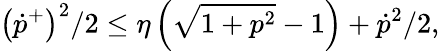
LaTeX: \left(\dot{p}^{+}\right)^{2}/2\leq\eta\left(\sqrt{1+p^{2}}-1\right)+\dot{p}^{2}/2,